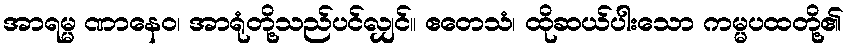
အာရမ္မ ဏာနေဝ၊ အာရုံတို့သည်ပင်လျှင်။ ဧတေသံ၊ ထိုဆယ်ပါးသော ကမ္မပထတို့၏